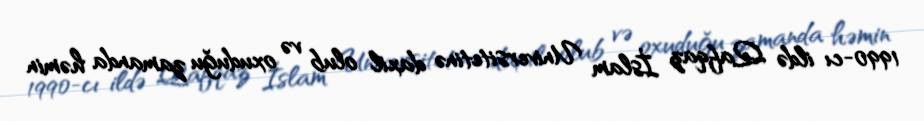
1990-cı ildə Qafqaz İslam Universitetinə daxil olub və oxuduğu zamanda həmin